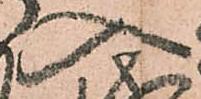
入